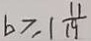
b \geqslant 1 \frac { 1 1 } { 1 9 }